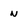
Character: n